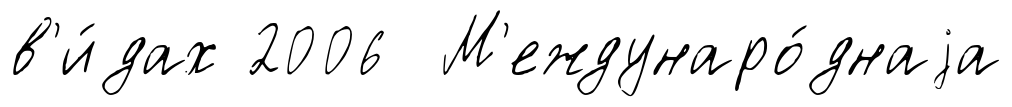
в'и́дах 2006 М'еждунаро́днаjа